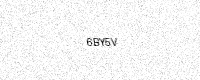
Text: 6BY5V